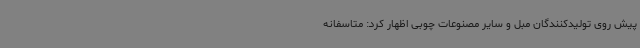
پیش‌ روی تولیدکنندگان مبل و سایر مصنوعات چوبی اظهار کرد: متاسفانه